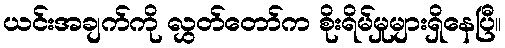
ယင်းအချက်ကို လွှတ်တော်က စိုးရိမ်မှုများရှိနေပြီ။